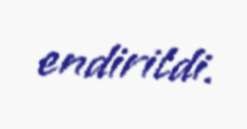
endirildi.